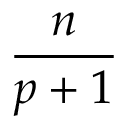
\frac { n } { p + 1 }